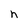
Character: h